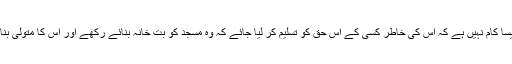
لیکن ایسا کام نہیں ہے کہ اس کی خاطر کسی کے اس حق کو تسلیم کر لیا جائے کہ وہ مسجد کو بت خانہ بنائے رکھے اور اس کا متولی بنا رہے۔